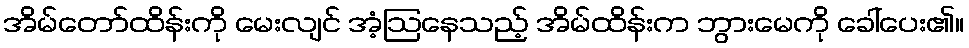
အိမ်တော်ထိန်းကို မေးလျင် အံ့ဩနေသည့် အိမ်ထိန်းက ဘွားမေကို ခေါ်ပေး၏။